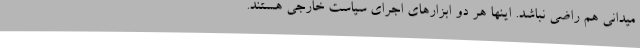
میدانی هم راضی نباشد. اینها هر دو ابزارهای اجرای سیاست خارجی هستند.